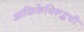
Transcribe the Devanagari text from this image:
आफ्रिकेविरूद्धची